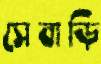
সেবাড়ি